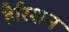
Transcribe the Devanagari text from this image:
हैरिशन